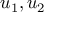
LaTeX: u _ { 1 } , u _ { 2 }